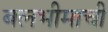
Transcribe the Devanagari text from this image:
बलभीमाची